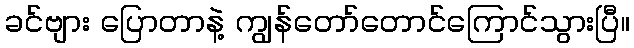
ခင်ဗျား ပြောတာနဲ့ ကျွန်တော်တောင်ကြောင်သွားပြီ။